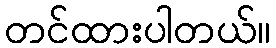
တင်ထားပါတယ်။